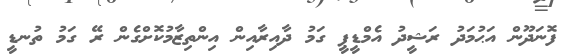
ފޮނަދޫން އަޙުމަދު ރަޝީދު އެމްޑީޕީ ގަމު ދާއިރާއިން އިންތިޒާމުކޮށްގެން ރޭ ގަމު ތުނޑީ